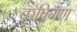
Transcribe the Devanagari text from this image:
कपिगण